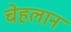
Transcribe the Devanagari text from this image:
चेहलान